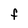
Character: F